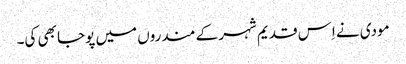
مودی نے اِس قدیم شہر کے مندروں میں پوجا بھی کی۔